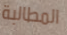
المطالبة